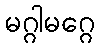
မဂ္ဂါမဂ္ဂေ